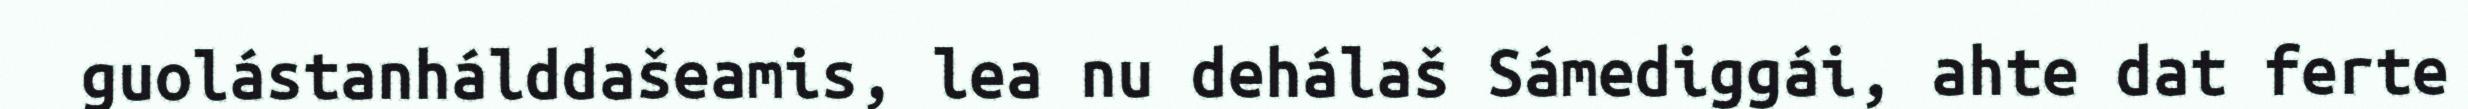
guolástanhálddašeamis, lea nu dehálaš Sámediggái, ahte dat ferte